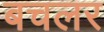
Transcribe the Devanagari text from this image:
बचलर